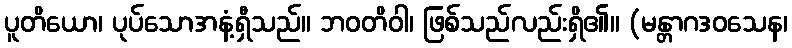
ပူတိယော၊ ပုပ်သောအနံ့ရှီသည်။ ဘဝတိဝါ၊ ဖြစ်သည်လည်းရှိ၏။ (မန္တာဂဒဝသေန၊